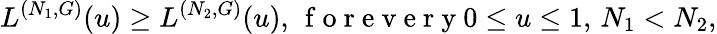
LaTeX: L^{(N_{1},G)}(u)\ge L^{(N_{2},G)}(u),\, \mathrm{~f~o~r~e~v~e~r~y~}0\le u\le 1,\, N_{1}<N_{2},